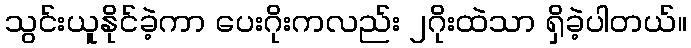
သွင်းယူနိုင်ခဲ့ကာ ပေးဂိုးကလည်း ၂ဂိုးထဲသာ ရှိခဲ့ပါတယ်။